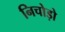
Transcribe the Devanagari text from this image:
निचोड़ो